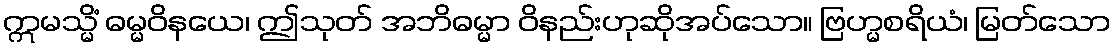
ဣမသ္မိံ ဓမ္မဝိနယေ၊ ဤသုတ် အဘိဓမ္မာ ဝိနည်းဟုဆိုအပ်သော။ ဗြဟ္မစရိယံ၊ မြတ်သော